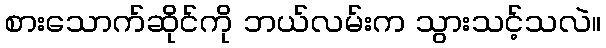
စားသောက်ဆိုင်ကို ဘယ်လမ်းက သွားသင့်သလဲ။